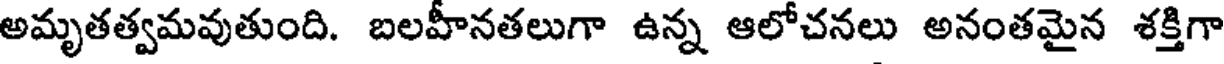
అమృతత్వమవుతుంది. బలహీనతలుగా ఉన్న ఆలోచనలు అనంతమైన శక్తిగా